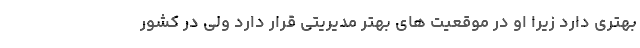
بهتری دارد زیرا او در موقعیت های بهتر مدیریتی قرار دارد ولی در کشور